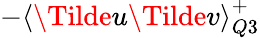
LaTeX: -\textlangle\Tilde{u}\Tilde{v}\textrangle_{Q3}^{+}